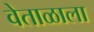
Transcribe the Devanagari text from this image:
वेताळाला